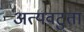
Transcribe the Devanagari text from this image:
अत्यवटुता